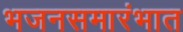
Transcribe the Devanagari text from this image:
भजनसमारंभात